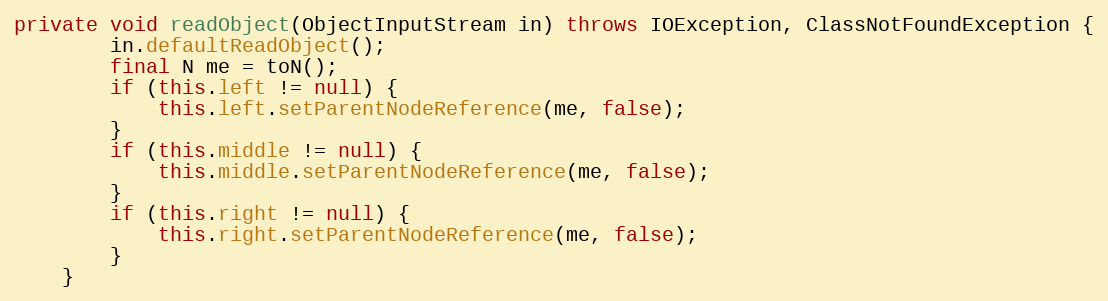
Language: Java
private void readObject(ObjectInputStream in) throws IOException, ClassNotFoundException {
		in.defaultReadObject();
		final N me = toN();
		if (this.left != null) {
			this.left.setParentNodeReference(me, false);
		}
		if (this.middle != null) {
			this.middle.setParentNodeReference(me, false);
		}
		if (this.right != null) {
			this.right.setParentNodeReference(me, false);
		}
	}